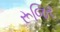
રૂજિર